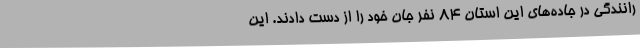
رانندگی در جاده‌های این استان 84 نفر جان خود را از دست دادند. این